Document type: Anniversary endowment
Year: 1486
Scribe: Bartomeu Masons
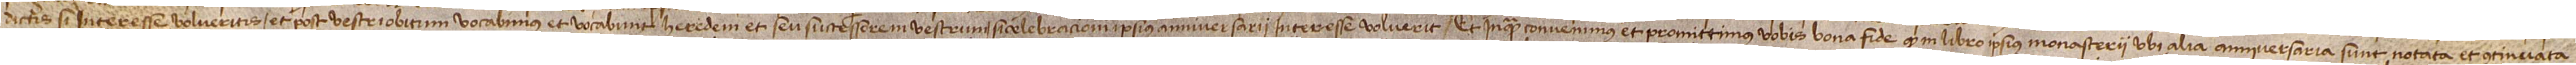
dictis, si interesse volueritis, et post vestri obitum vocabimus et vocabunt heredem et seu successorem vestrum si celebracioni ipsius anni aniversarii interesse voluerit. Et inquam convenimus et promittimus vobis bona fide quod in libro ipsius monasterii, ubi alia anniversaria sunt notata et continuata